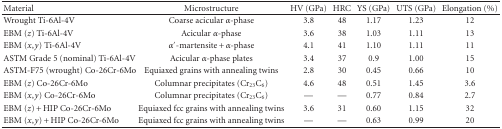
| Material | Microstructure | HV (GPa) | HRC | YS (GPa) | UTS (GPa) | Elongation (%) |
 | --- | --- | --- | --- | --- | --- | --- |
 | Wrought Ti-6Al-4V | Coarse acicular α-phase | 3.8 | 48 | 1.17 | 1.23 | 12 |
 | EBM (z) Ti-6Al-4V | Acicular α-phase | 3.6 | 38 | 1.03 | 1.11 | 13 |
 | EBM (x,y) Ti-6Al-4V | α′-martensite + α-phase | 4.1 | 41 | 1.10 | 1.11 | 11 |
 | ASTM Grade 5 (nominal) Ti-6Al-4V | Acicular α-phase plates | 3.4 | 37 | 0.9 | 1.00 | 15 |
 | ASTM-F75 (wrought) Co-26Cr-6Mo | Equiaxed grains with annealing twins | 2.8 | 30 | 0.45 | 0.66 | 10 |
 | EBM (z) Co-26Cr-6Mo | Columnar precipitates (Cr23C6) | 4.6 | 48 | 0.51 | 1.45 | 3.6 |
 | EBM (x,y) Co-26Cr-6Mo | Columnar precipitates (Cr23C6) | — | — | 0.77 | 0.84 | 2.7 |
 | EBM (z) + HIP Co-26Cr-6Mo | Equiaxed fcc grains with annealing twins | 3.6 | 31 | 0.60 | 1.15 | 32 |
 | EBM (x,y) + HIP Co-26Cr-6Mo | Equiaxed fcc grains with annealing twins | — | — | 0.63 | 0.99 | 20 |